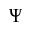
\Psi